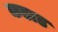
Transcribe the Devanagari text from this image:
कडाड